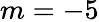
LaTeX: m=-5